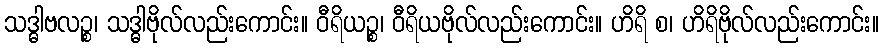
သဒ္ဓါဗလဉ္စ၊ သဒ္ဓါဗိုလ်လည်းကောင်း။ ဝီရိယဉ္စ၊ ဝီရိယဗိုလ်လည်းကောင်း။ ဟိရိ စ၊ ဟိရိဗိုလ်လည်းကောင်း။